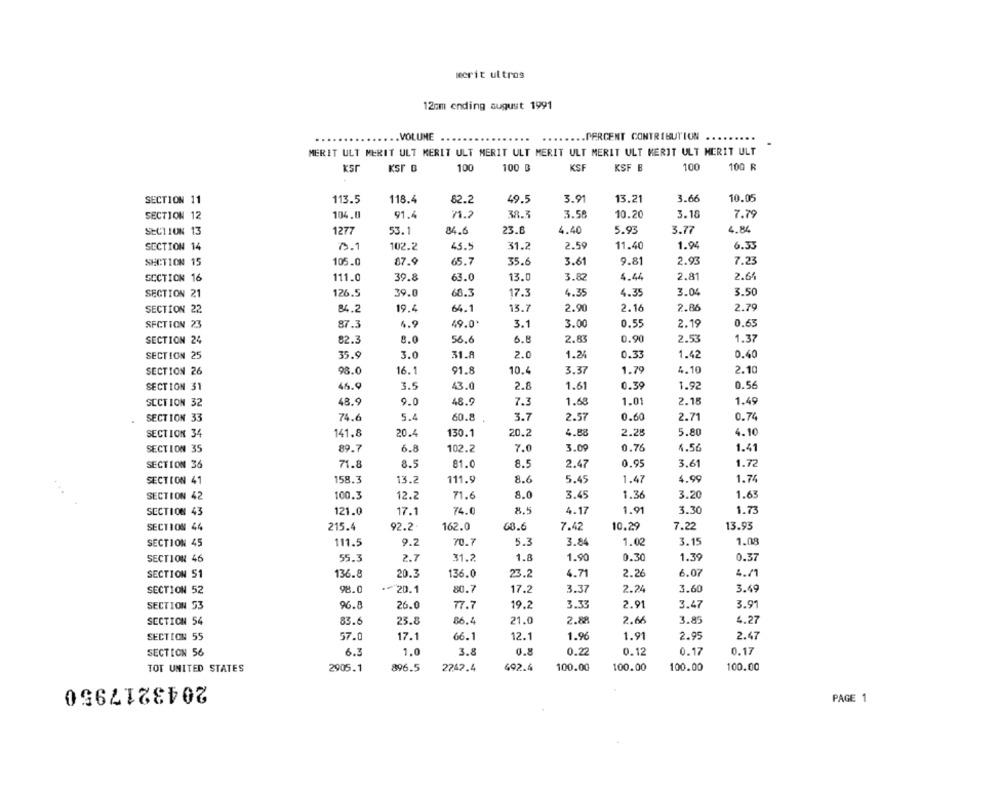
merit ultros
12mm ending august 1991
.VOLUME
.PERCENT CONTRIBUTION
MERIT ULT MERIT ULT MERIT ULT MERIT ULT MERIT ULT MERIT ULT MERIT ULT MERIT ULT
100
100 B
KSF
KSF B
100
100 R
KSI B
SECTION 11
82.2
3.91
13.21
3.66
10.05
113.5
118.4
49.5
SECTION 12
104.0
91.4
71.2
38.3
3.58
10.20
3.18
7.79
SECTION 13
23.8
4.40
5.93
3.77
4.84
1277
53.1
84.6
SECTION 14
3.1
102.2
45.5
31.2
2.59
11.40
1.94
6.33
SECTION 15
105.0
87.9
65.7
35.6
3.61
9.81
2.93
7.23
SECTION 16
111.0
39.8
63.0
13.0
3.82
4.44
2.81
2.64
SECTION 21
126.5
39.0
66.3
17.3
4.35
4.35
3.04
3.50
SECTION 22
84.2
19.4
64.1
13.7
2.90
2.16
2.86
2.79
SECTION 23
87.3
4.9
49.0
3.1
3.00
0.55
2.19
0.63
SECTION 24
82.3
8.0
56.6
6.8
2.83
0.90
2.53
1.37
SECTION 25
35.9
3.0
31.8
2.0
1.24
0.33
1.42
0.40
SECTION 26
98.0
16.1
91.8
10.4
3.37
1.79
4.10
2.10
SECTION 31
46.9
3.5
43.0
2.8
1.61
0.39
1.92
0.56
SECTION 32
48.9
9.0
48.9
7.3
1.68
1.01
2.18
1.49
SECTION 33
74.6
5.4
60.8
3.7
2.57
0.60
2.71
0.74
SECTION 34
141.8
20.4
130.1
20.2
4.88
2.28
5.80
4.10
SECTION 35
89.7
6.8
102.2
7.0
3.09
0.76
4.56
1.41
SECTION 36
71.8
8.5
81.0
8.5
2.47
0.95
3.61
1.72
SECTION 41
158.3
13.2
111.9
8.6
5.45
1.47
4.99
1.74
SECTION 42
100.3
12.2
71.6
8.0
3.45
1.36
3.20
1.63
SECTION 43
121.0
17.1
74.0
8.5
4.17
1.91
3.30
1.73
SECTION 44
215.4
92.2
162.0
68.6
7.42
10.29
7.22
13.93
SECTION 45
111.5
9.2
70.7
5.3
3.84
1.02
3.15
1.08
SECTION 46
55.3
2.7
31.2
1.8
1.90
0.30
1.39
0.37
SECTION 51
136.8
20.3
136.0
23.2
4.71
2.26
6.07
4.71
SECTION 52
98.0
20.1
80.7
17.2
3.37
2.24
3.60
3.49
SECTION 53
96.8
26.0
77.7
19.2
3.33
2.91
3.47
3.91
SECTION 54
83.6
23.8
86.4
21.0
2.88
2.66
3.85
4.27
SECTION 55
57.0
17.1
66.1
12.1
1.96
1.91
2.95
2.47
SECTION 56
6.3
1.0
3.8
0.8
0.22
0.12
0.17
0.17
TOT UNITED STATES
2905.1
896.5
2242.4
492.4
100.00
100.00
100.00
100.00
2043217950
PAGE 1